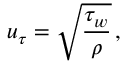
u _ { \tau } = \sqrt { \frac { \tau _ { w } } { \rho } } \, ,